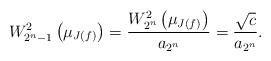
LaTeX: \begin{align*} W_{2^n-1}^2\left(\mu_{J(f)}\right)= \frac{W_{2^n}^2\left(\mu_{J(f)}\right)}{a_{2^n}}=\frac{\sqrt{c}}{a_{2^n}}.\end{align*}